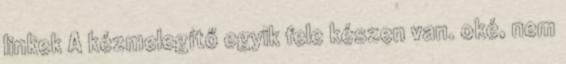
linkek A kézmelegítő egyik fele készen van. oké, nem